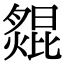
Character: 𦠺